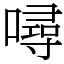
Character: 噚